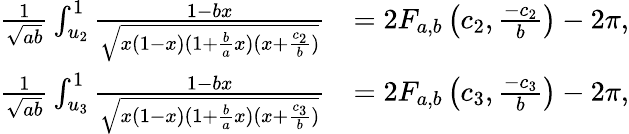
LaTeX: \begin{array}{rl}{\frac{1}{\sqrt{ab}}\int_{u_{2}}^{1}\frac{1-bx}{\sqrt{x(1-x)(1+\frac{b}{a}x)(x+\frac{c_{2}}{b})}}}&{=2F_{a,b}\left(c_{2},\frac{-c_{2}}{b}\right)-2\pi,}\\ {\frac{1}{\sqrt{ab}}\int_{u_{3}}^{1}\frac{1-bx}{\sqrt{x(1-x)(1+\frac{b}{a}x)(x+\frac{c_{3}}{b})}}}&{=2F_{a,b}\left(c_{3},\frac{-c_{3}}{b}\right)-2\pi,}\end{array}